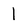
Character: 1